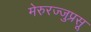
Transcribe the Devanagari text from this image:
मेरुरज्जुप्रसू